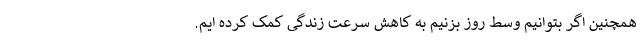
همچنین اگر بتوانیم وسط روز بزنیم به کاهش سرعت زندگی کمک کرده ایم.